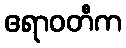
ဧရာဝတီက